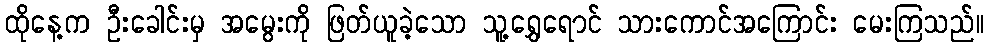
ထိုနေ့က ဦးခေါင်းမှ အမွေးကို ဖြတ်ယူခဲ့သော သူ့ရွှေရောင် သားကောင်အကြောင်း မေးကြသည်။